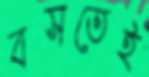
বসতেই